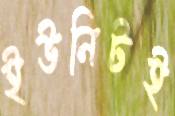
ইউনিটই